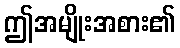
ဤအမျိုးအစား၏